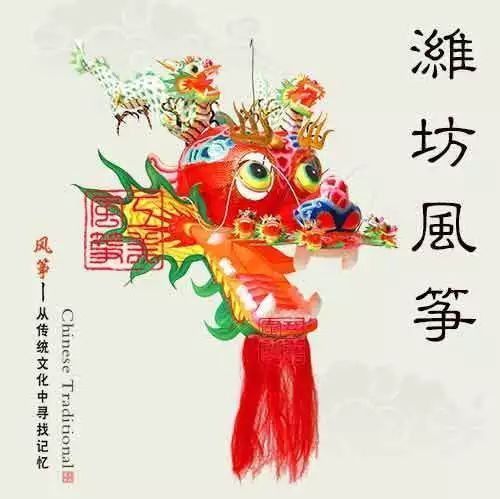
望云惭高鸟，临水愧游鱼。